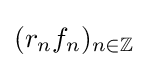
(r_{n}f_{n})_{n\in \mathbb {Z} }